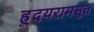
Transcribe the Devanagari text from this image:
ह्रुदयरामसुत